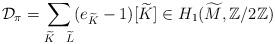
LaTeX: \begin{align*}\mathcal D_\pi = \sum_{ \widetilde{K} \ \ \widetilde{L}} (e_{\widetilde{K}}-1) [\widetilde{K}] \in H_1(\widetilde M, \mathbb Z/2 \mathbb Z)\end{align*}